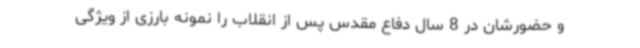
و حضورشان در 8 سال دفاع مقدس پس از انقلاب را نمونه بارزی از ویژگی